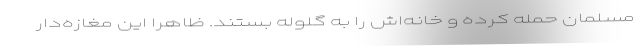
مسلمان حمله کرده و خانه‌اش را به گلوله بستند. ظاهرا این مغازه‌دار